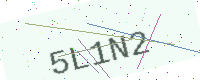
Text: 5L1N2